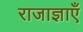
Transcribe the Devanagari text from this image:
राजाज्ञाएँ